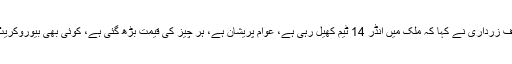
خیر پور میں پریس کانفرنس کے دوران آصف زرداری نے کہا کہ ملک میں انڈر 14 ٹیم کھیل رہی ہے، عوام پریشان ہے، ہر چیز کی قیمت بڑھ گئی ہے، کوئی بھی بیوروکریٹ ان حالات میں کام کرنے کو تیار نہیں ہے۔